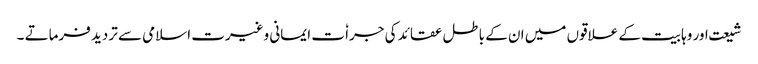
شیعت اور وہابیت کے علاقوں میں ان کے باطل عقائد کی جراٗ ت ایمانی وغیرت اسلامی سے تردید فرماتے ۔